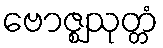
ဗောဇ္ဈသုတ္တံ